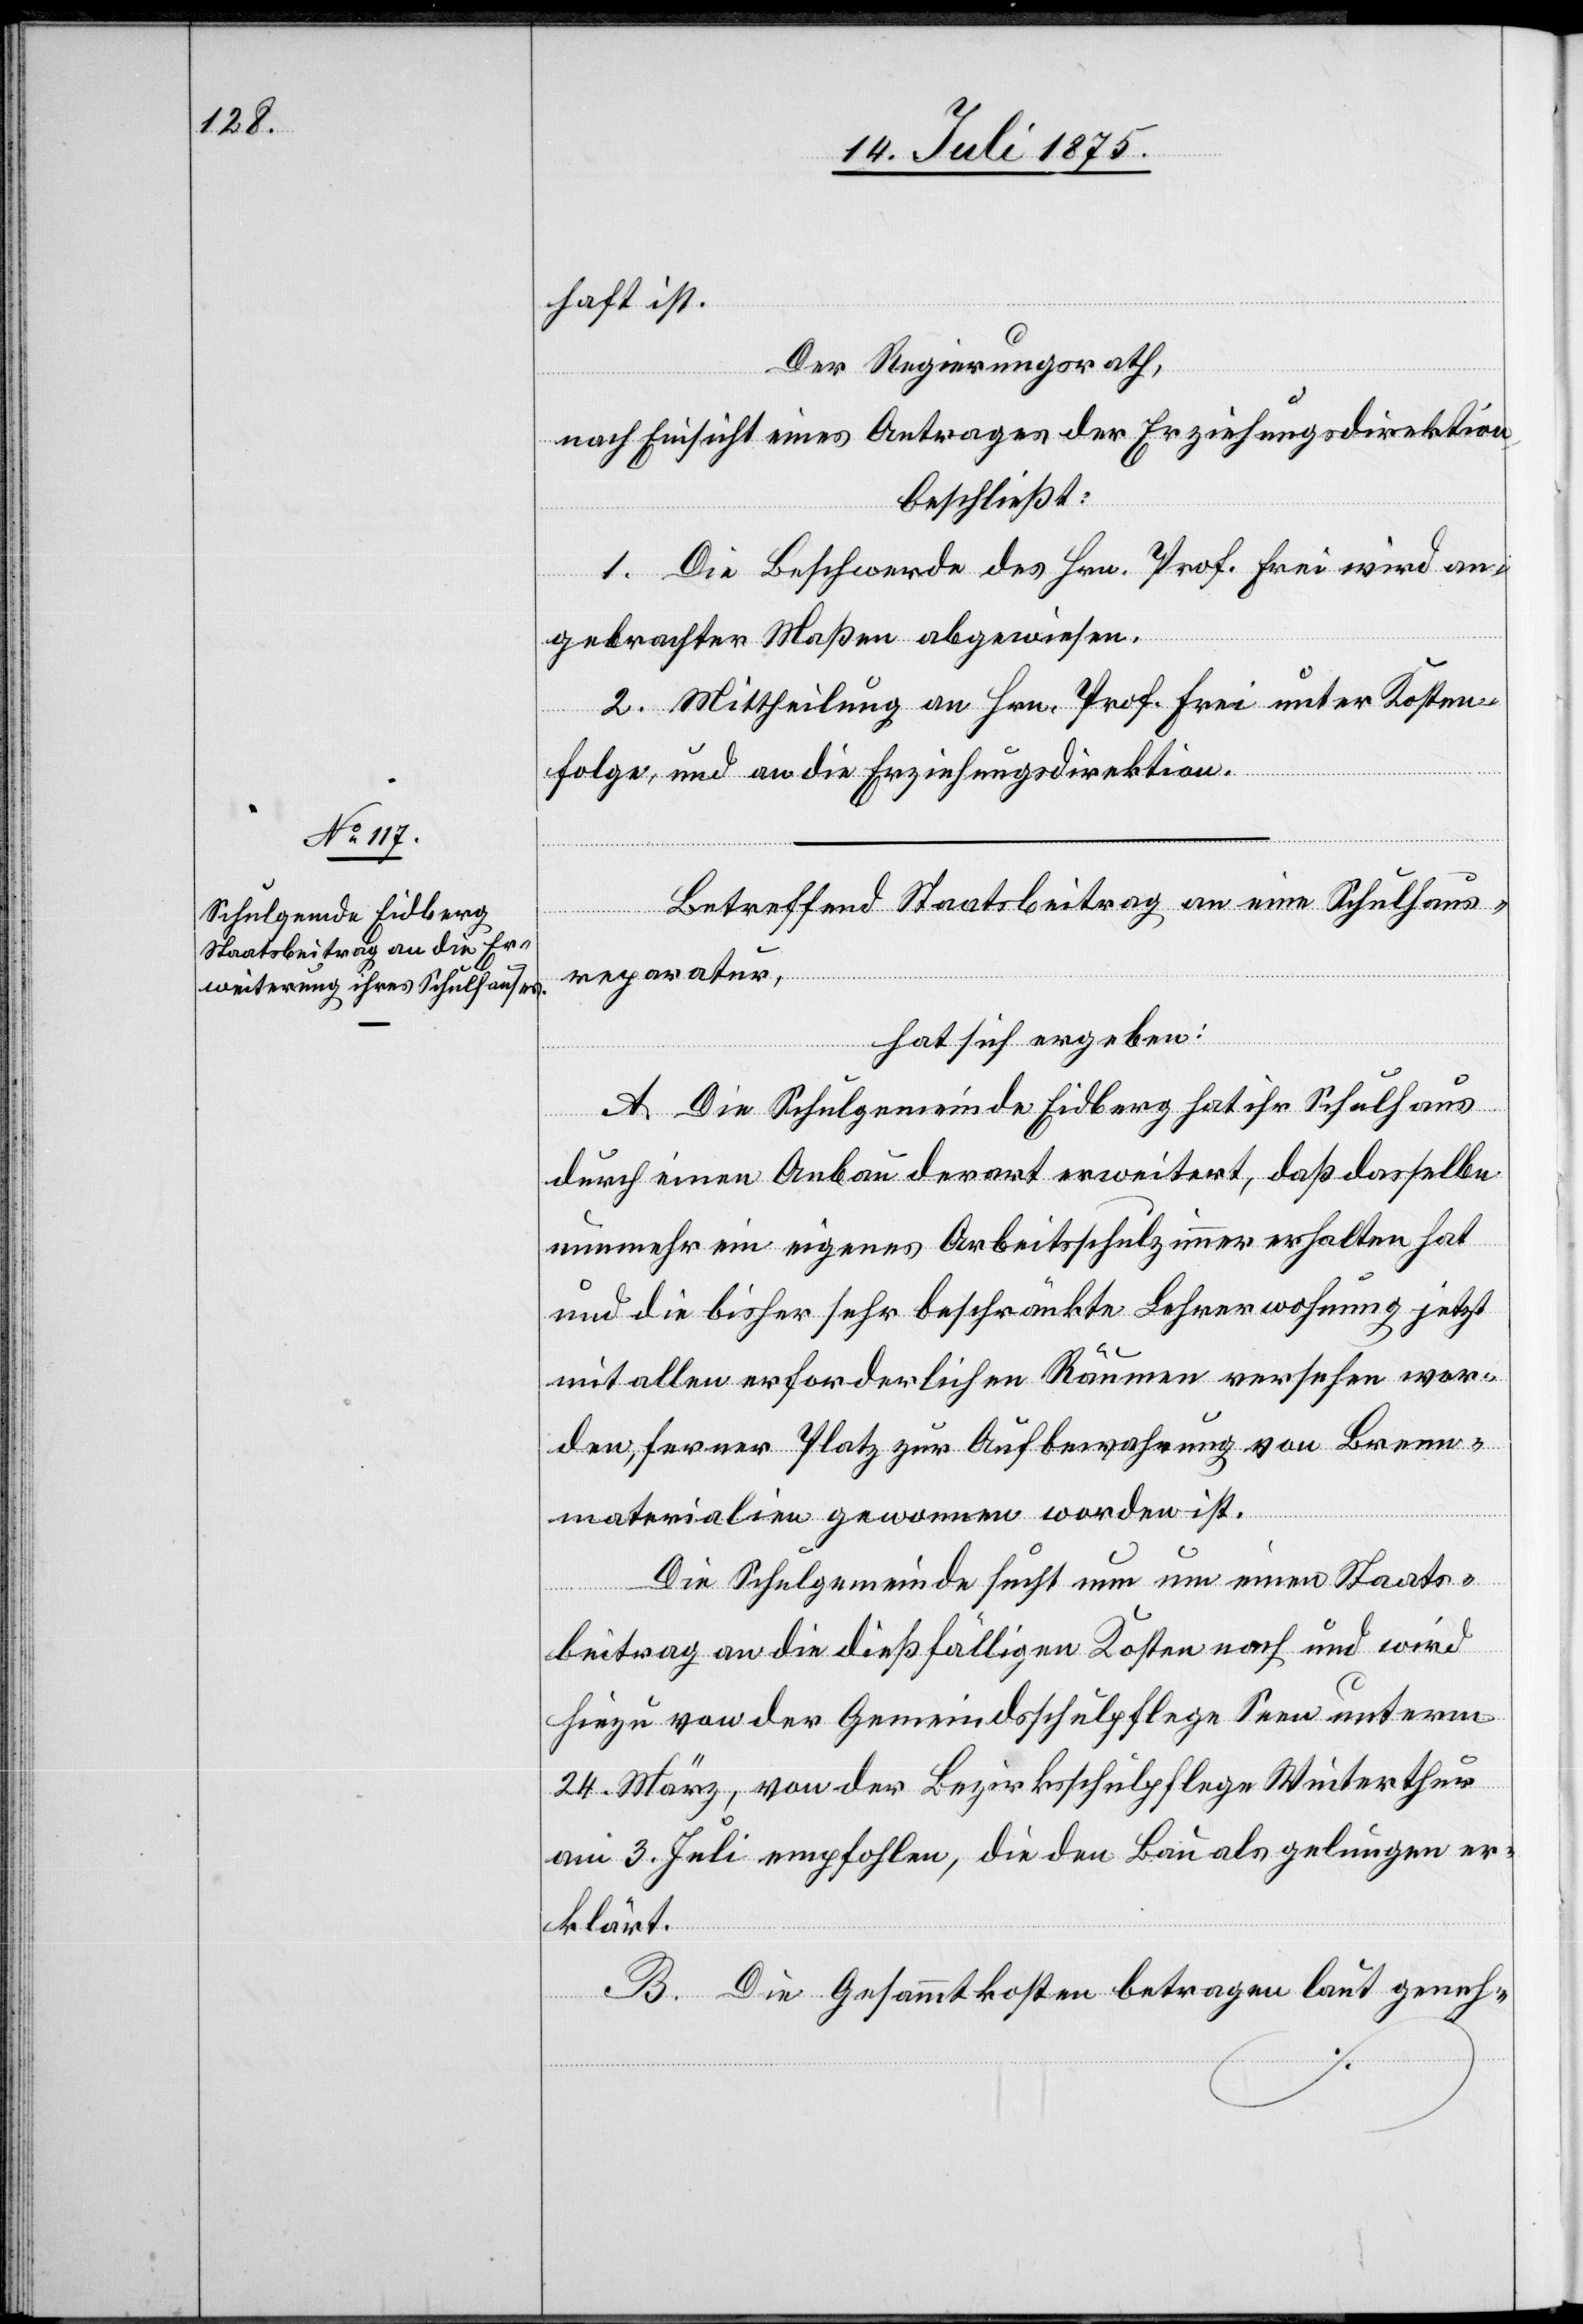
haft ist.
Der Regierungsrath,
nach Einsicht eines Antrages der Erziehungsdirektion,
beschließt:
1. Die Beschwerde des Hrn. Prof. Frei wird an¬
gebrachter Maßen abgewiesen.
2. Mittheilung an Hrn. Prof. Frei unter Kosten¬
folge, und an die Erziehungsdirektion.
Betreffend Staatsbeitrag an eine Schulhaus¬
Die
reparatur,
hat sich ergeben:
A. Die Schulgemeinde Eidberg hat ihr Schulhaus
nunmehr ein eigenes Arbeitsschulzimmer erhalten hat
und die bisher sehr beschränkte Lehrerwohnung jetzt
mit allen erforderlichen Räumen versehen wor¬
den, ferner Platz zur Aufbewahrung von Brenn¬
materialen gewonnen worden ist.
Die Schulgemeinde sucht nun um einen Staats¬
beitrag an die dießfälligen Kosten nach und wird
hiezu von der Gemeindschulpflege Seen unterm
24. März, von der Bezirksschulpflege Winterthur
am 3. Juli empfohlen, die den Bau als gelungen er¬
klärt.